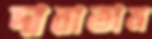
দাবাতাম